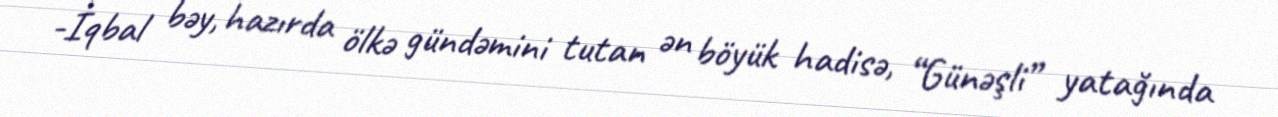
-İqbal bəy, hazırda ölkə gündəmini tutan ən böyük hadisə, “Günəşli” yatağında